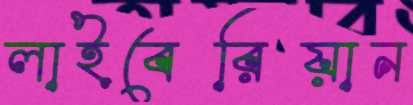
লাইবেরিয়ান